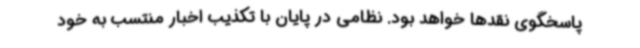
پاسخگوی نقدها خواهد بود. نظامی در پایان با تکذیب اخبار منتسب به خود